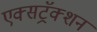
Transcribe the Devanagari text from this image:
एक्सट्रॅक्शन